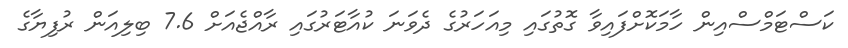
ކަސްޓަމްސްއިން ހާމަކޮށްފައިވާ ގޮތުގައި މިއަހަރުގެ ދެވަނަ ކުއާޓަރުގައި ރާއްޖެއަށް 7.6 ބިލިއަން ރުފިޔާގެ